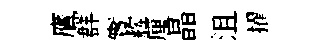
鷹群實辉厘晶沮擢